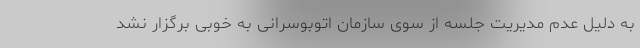
به دلیل عدم مدیریت جلسه از سوی سازمان اتوبوسرانی به خوبی برگزار نشد